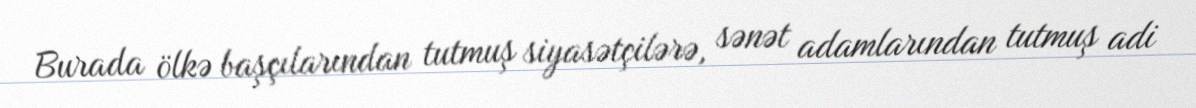
Burada ölkə başçılarından tutmuş siyasətçilərə, sənət adamlarından tutmuş adi